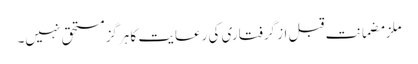
ملزمضمانت قبل از گرفتاری کی رعایت کا ہرگز مستحق نہیں۔